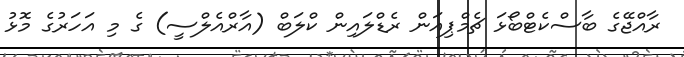
ރާއްޖޭގެ ބާސްކެޓްބޯޅަ ޗެމްޕިއަން ރެޑްލައިން ކްލަބް (އާރްއެލްސީ) ގެ މި އަހަރުގެ މޮޅު